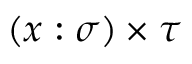
( x : \sigma ) \times \tau